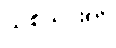
သစ်သားကို